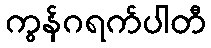
ကွန်ဂရက်ပါတီ